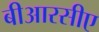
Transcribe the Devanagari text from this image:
बीआरसीए